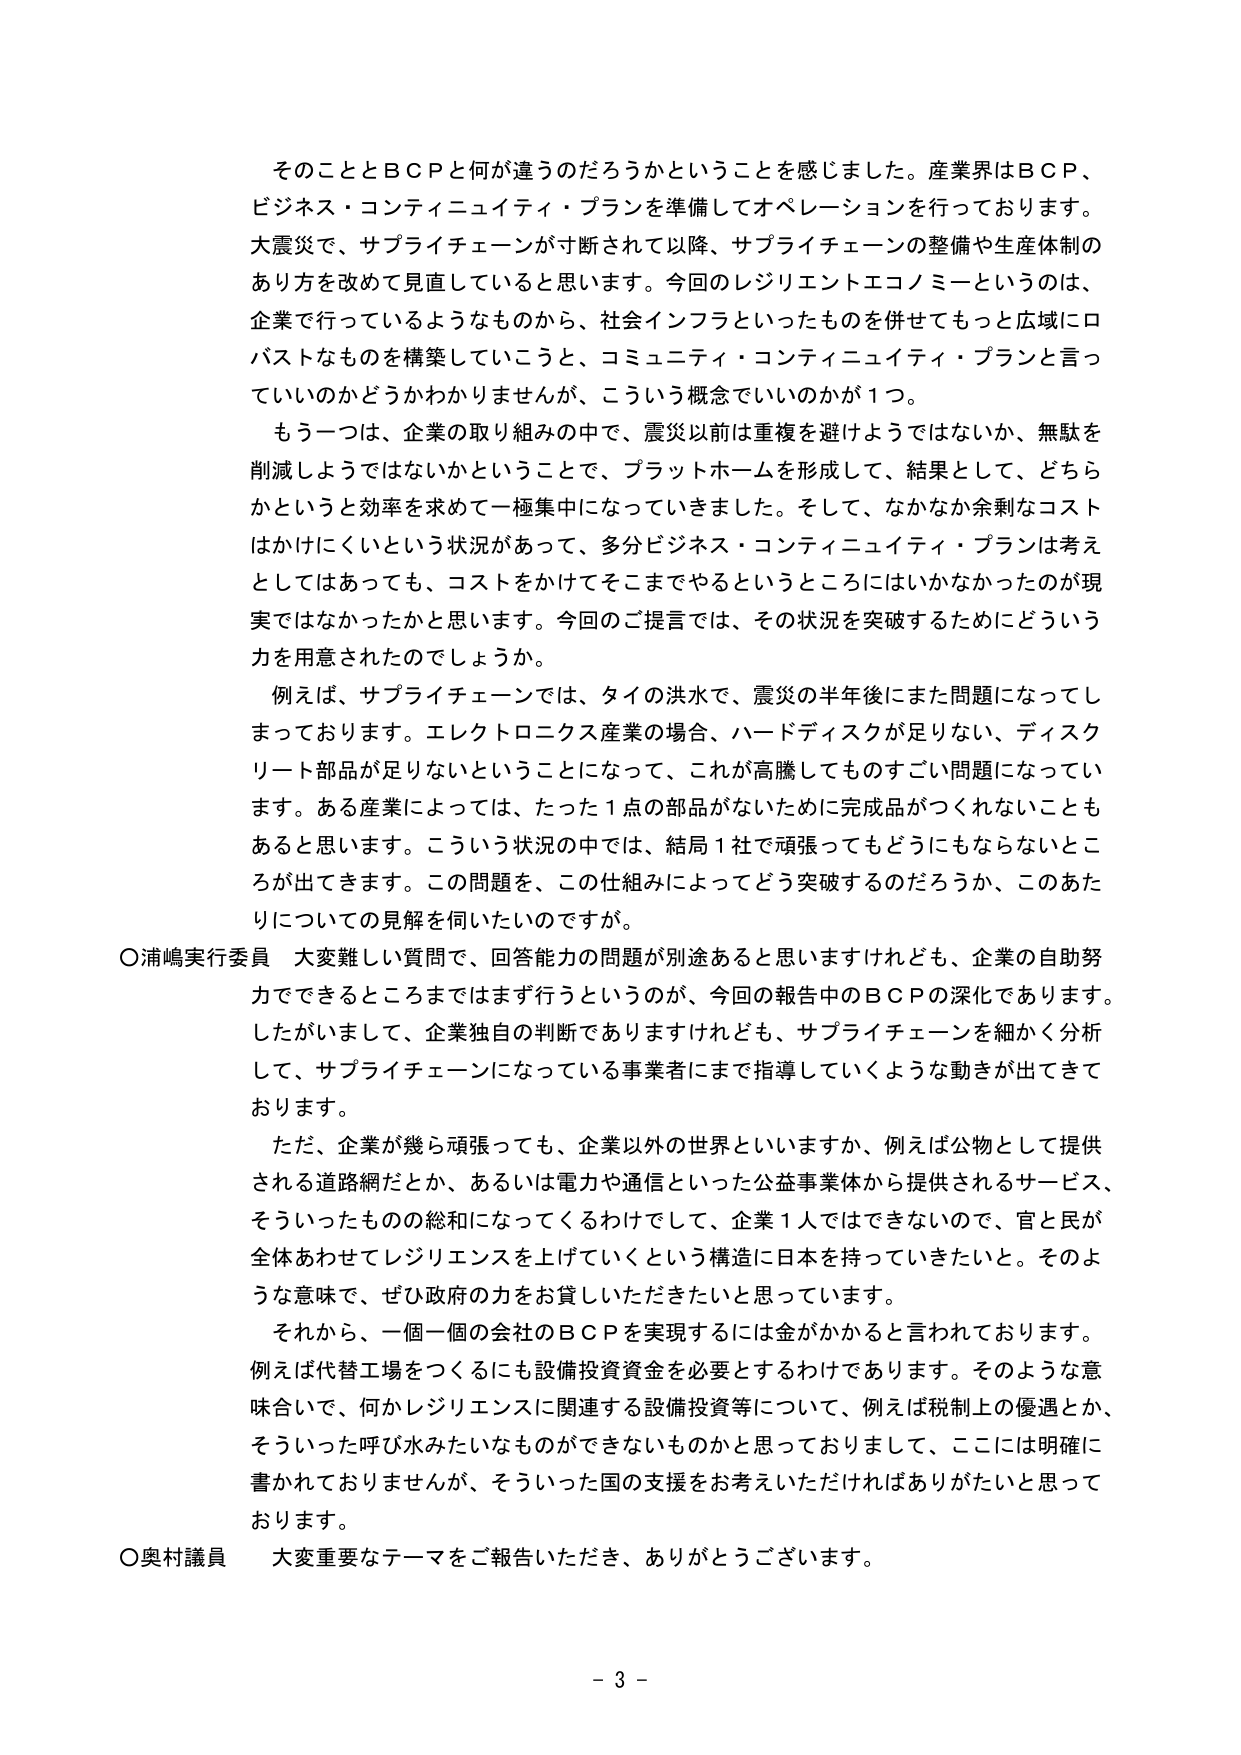
そのこととＢＣＰと何が違うのだろうかということを感じました。産業界はＢＣＰ、ビジネス・コンティニュイティ・プランを準備してオペレーションを行っております。大震災で、サプライチェーンが寸断されて以降、サプライチェーンの整備や生産体制のあり方を改めて見直していると思います。今回のレジリエントエコノミーというのは、企業で行っているようなものから、社会インフラといったものを併せてもっと広域にロバストなものを構築していこうと、コミュニティ・コンティニュイティ・プランと言っていいのかどうかわかりませんが、こういう概念でいいのかが１つ。

もう一つは、企業の取り組みの中で、震災以前は重複を避けようではないか、無駄を削減しようではないかということで、プラットホームを形成して、結果として、どちらかというと効率を求めて一極集中になっていきました。そして、なかなか余剰なコストはかけにくいという状況があって、多分ビジネス・コンティニュイティ・プランは考えとしてはあっても、コストをかけてそこまでやるというところにはいかなかったのが現実ではなかったかと思います。今回のご提言では、その状況を突破するためにどういう力を用意されたのでしょうか。

例えば、サプライチェーンでは、タイの洪水で、震災の半年後にまた問題になってしまっております。エレクトロニクス産業の場合、ハードディスクが足りない、ディスクリート部品が足りないということになって、これが高騰してものすごい問題になっていきます。ある産業によっては、たった１点の部品がないために完成品がつくれないこともあると思います。こういう状況の中では、結局１社で頑張ってもどうにもならないところが出てきます。この問題を、この仕組みによってどう突破するのだろうか、このあたりについての見解を伺いたいのですが。

〇浦嶋実行委員　大変難しい質問で、回答能力の問題が別途あると思いますけれども、企業の自助努力でできるところまではまず行うというのが、今回の報告中のＢＣＰの深化であります。したがいまして、企業独自の判断でありますけれども、サプライチェーンを細かく分析して、サプライチェーンになっている事業者にまで指導していくような動きが出てきております。

ただ、企業が幾ら頑張っても、企業以外の世界といいますか、例えば公物として提供される道路網だとか、あるいは電力や通信といった公益事業体から提供されるサービス、そういったものの総和になってくるわけとして、企業１人ではできないので、官と民が全体あわせてレジリエンスを上げていくという構造に日本を持っていきたいと。そのような意味で、ぜひ政府の力をお貸しいただきたいと思っています。

それから、一個一個の会社のＢＣＰを実現するには金がかかると言われております。例えば代替工場をつくるにも設備投資資金を必要とするわけであります。そのような意味合いでは、何かレジリエンスに関連する設備投資等について、例えば税制上の優遇とか、そういった呼び水みたいなもののができないものかと思っておりまして、ここには明確に書かれておりませんが、そういった国の支援をお考えいただければありがたいと思っております。

〇奥村議員　大変重要なテーマをご報告いただき、ありがとうございます。

－３－